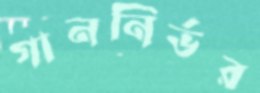
গাননির্ভর